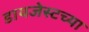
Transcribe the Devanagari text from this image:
डायजेस्टच्या